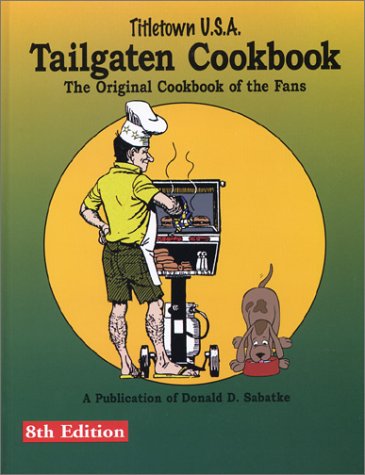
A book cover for Tailgaten Cookbook, Eighth Edition; Donald D. Sabatke; Cookbooks, Food & Wine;